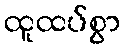
ထူထပ်စွာ